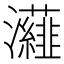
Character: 𭳷